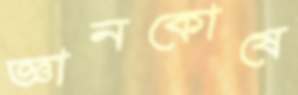
জ্ঞানকোষে